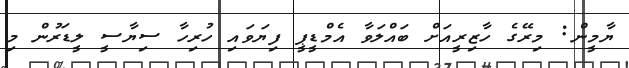
ޔާމީން: މިރޭގެ ހާޒިރީއަށް ބައްލަވާ އެމްޑީޕީ ފިޔަވައި ހުރިހާ ސިޔާސީ ލީޑަރުން މި